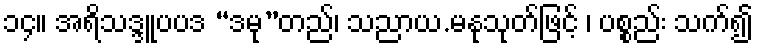
၁၄။ အရိသဒ္ဒူပပဒ “ဒမု”တည်၊ သညာယ.မနုသုတ်ဖြင့် ၊ ပစ္စည်း သက်၍